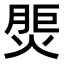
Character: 𤋝